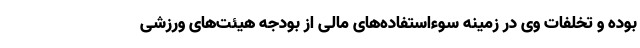
بوده و تخلفات وی در زمینه سوءاستفاده‌های مالی از بودجه هیئت‌های ورزشی